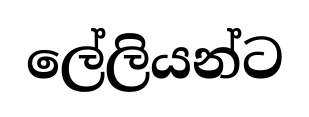
ලේලියන්ට